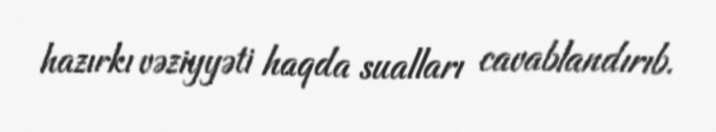
hazırkı vəziyyəti haqda sualları cavablandırıb.